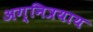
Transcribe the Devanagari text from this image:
अग्नित्रयाय